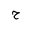
Letter: _ha